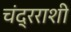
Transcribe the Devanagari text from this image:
चंद्रराशी